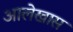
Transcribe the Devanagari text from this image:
आलेखास